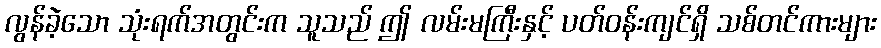
လွန်ခဲ့သော သုံးရက်အတွင်းက သူသည် ဤ လမ်းမကြီးနှင့် ပတ်ဝန်းကျင်ရှိ သစ်တင်ကားများ